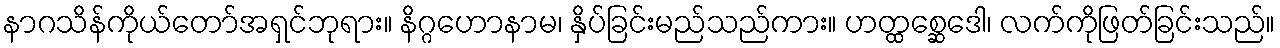
နာဂသိန်ကိုယ်တော်အရှင်ဘုရား။ နိဂ္ဂဟောနာမ၊ နှိပ်ခြင်းမည်သည်ကား။ ဟတ္ထစ္ဆေဒေါ၊ လက်ကိုဖြတ်ခြင်းသည်။